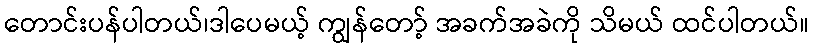
တောင်းပန်ပါတယ်၊ဒါပေမယ့် ကျွန်တော့် အခက်အခဲကို သိမယ် ထင်ပါတယ်။